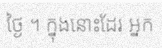
ថ្ងៃ ។ ក្នុងនោះដែរ អ្នក